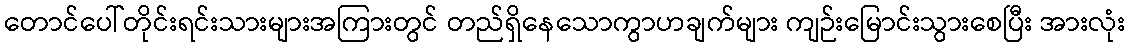
တောင်ပေါ်တိုင်းရင်းသားများအကြားတွင် တည်ရှိနေသောကွာဟချက်များ ကျဉ်းမြောင်းသွားစေပြီး အားလုံး